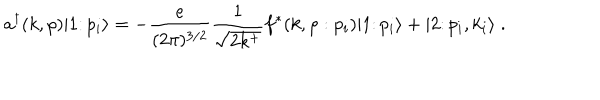
LaTeX: a ^ { \dagger } ( k , \rho ) \vert 1 \colon p _ { i } \rangle = - { \frac { e } { ( 2 \pi ) ^ { 3 / 2 } } } { \frac { 1 } { \sqrt { 2 k ^ { + } } } } f ^ { * } ( k , \rho : p _ { i } ) \vert 1 \colon p _ { i } \rangle + \vert 2 \colon p _ { i } , k _ { i } \rangle \; .